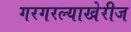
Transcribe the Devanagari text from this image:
गरगरल्याखेरीज